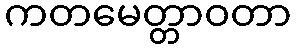
ကတမေတ္တာဝတာ